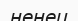
ненец